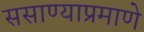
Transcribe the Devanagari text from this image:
ससाण्याप्रमाणे